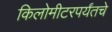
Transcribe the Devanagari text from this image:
किलोमीटरपर्यंतचे